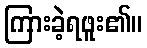
ကြားခဲ့ရဖူး၏။